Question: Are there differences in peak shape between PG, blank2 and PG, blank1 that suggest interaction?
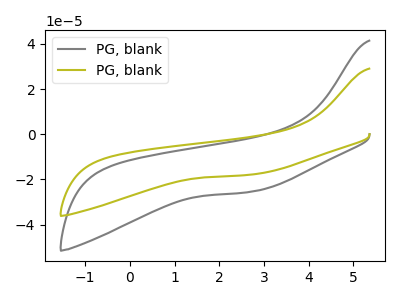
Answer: <think>The gray curve "PG, blank1" has no peaks. The olive curve "PG, blank2" has no peaks.
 Neither "PG, blank2" or "PG, blank1" have any peaks.</think>
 <answer>No, "PG, blank2" and "PG, blank1" don't appear to be significantly different in shape</answer>
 <eval>no_change</eval>